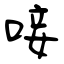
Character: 唼